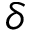
\delta